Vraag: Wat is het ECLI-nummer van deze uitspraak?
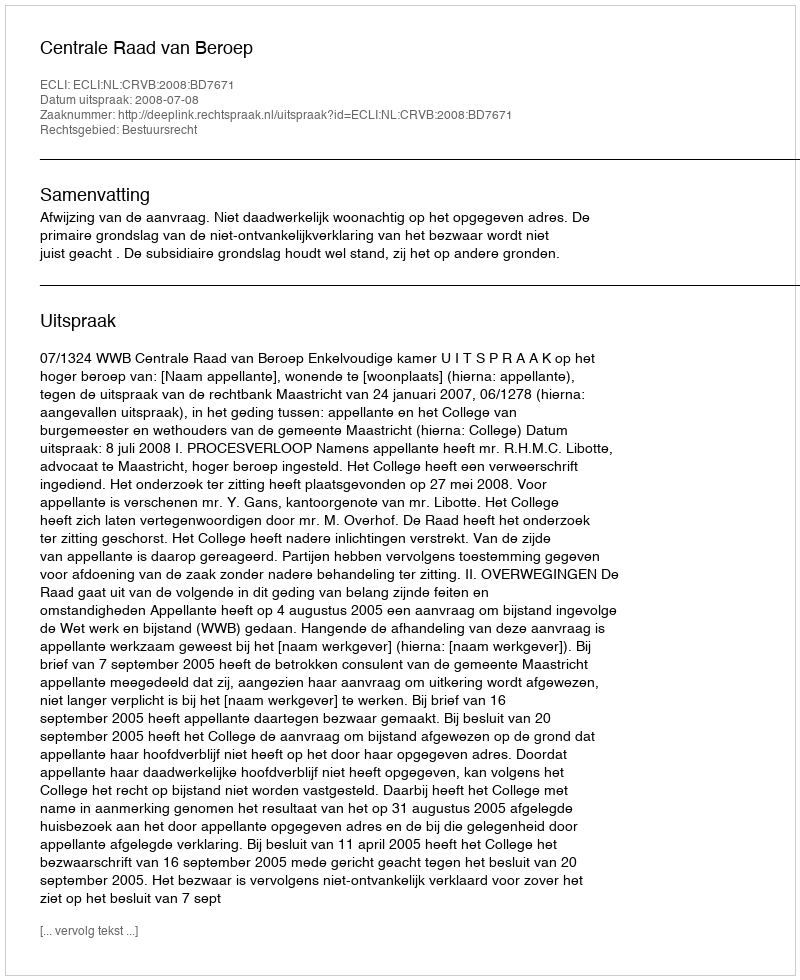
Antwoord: ECLI:NL:CRVB:2008:BD7671